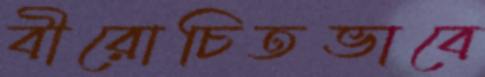
বীরোচিতভাবে